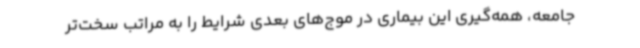
جامعه، همه‌گیری این بیماری در موج‌های بعدی شرایط را به مراتب سخت‌تر